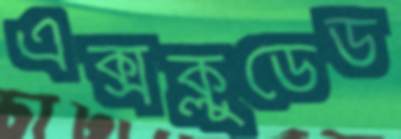
এক্সক্লুডেড